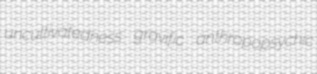
uncultivatedness gravific anthropopsychic